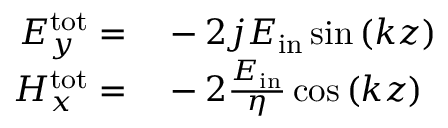
\begin{array} { r l } { E _ { y } ^ { \mathrm { t o t } } = } & { { } - 2 j E _ { \mathrm { i n } } \sin { \left( k z \right) } } \\ { H _ { x } ^ { \mathrm { t o t } } = } & { { } - 2 \frac { E _ { \mathrm { i n } } } { \eta } \cos { \left( k z \right) } } \end{array}